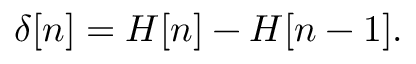
\delta [ n ] = H [ n ] - H [ n - 1 ] .